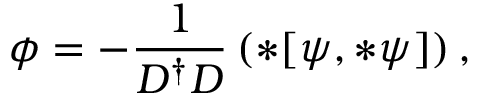
\phi = - \frac { 1 } { D ^ { \dagger } D } \left( * [ \psi , * \psi ] \right) ,